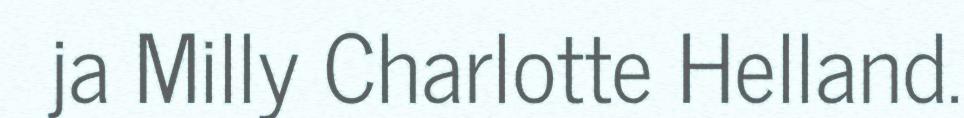
ja Milly Charlotte Helland.